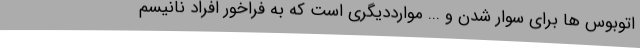
اتوبوس ها برای سوار شدن و ... موارددیگری است که به فراخور افراد نانیسم